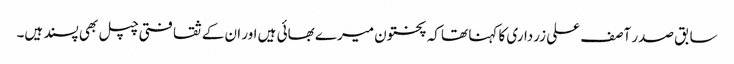
سابق صدر آصف علی زرداری کا کہنا تھا کہ پختون میرے بھائی ہیں اور ان کے ثقافتی چپل بھی پسند ہیں۔